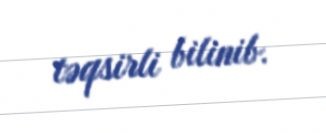
təqsirli bilinib.